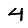
Digit: 4